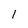
Character: l